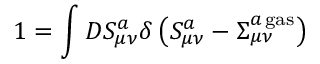
1 = \int D S _ { \mu \nu } ^ { a } \delta \left( S _ { \mu \nu } ^ { a } - \Sigma _ { \mu \nu } ^ { a { \, } \mathrm { g a s } } \right)